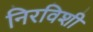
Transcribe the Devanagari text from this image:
निरविशी